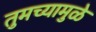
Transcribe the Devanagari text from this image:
तुमच्यामुळे